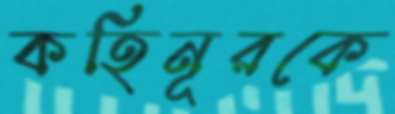
কহিনূরকে